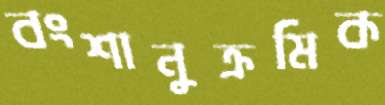
বংশানুক্রমিক